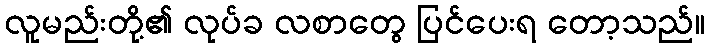
လူမည်းတို့၏ လုပ်ခ လစာတွေ ပြင်ပေးရ တော့သည်။